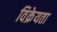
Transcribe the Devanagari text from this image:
विक्रेयता